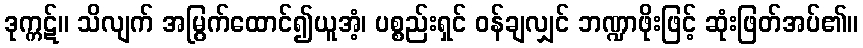
ဒုက္ကဋ်။ သိလျက် အမြွက်ထောင်၍ယူအံ့၊ ပစ္စည်းရှင် ဝန်ချလျှင် ဘဏ္ဍာဖိုးဖြင့် ဆုံးဖြတ်အပ်၏။